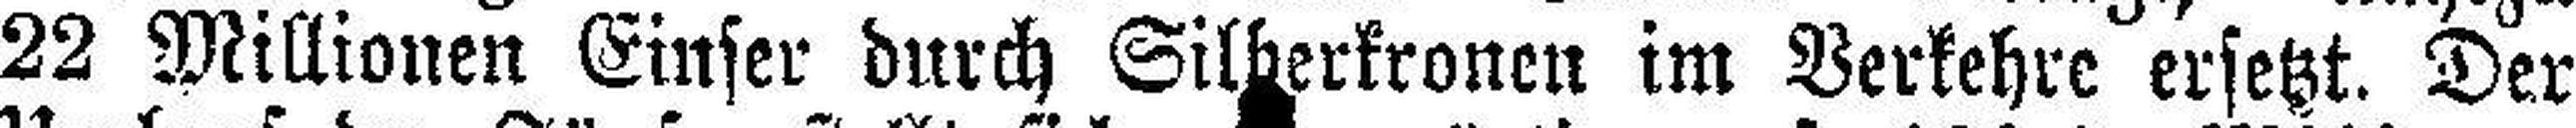
22 Millionen Einser durch Silberkronen im Verkehre ersetzt. Der